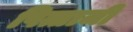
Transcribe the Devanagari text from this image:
पित्ताजी